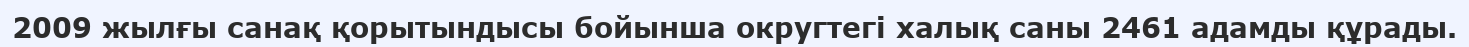
2009 жылғы санақ қорытындысы бойынша округтегі халық саны 2461 адамды құрады.